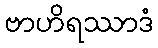
ဗာဟိရဿာဒံ